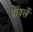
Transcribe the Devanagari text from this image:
पोंवर्ले